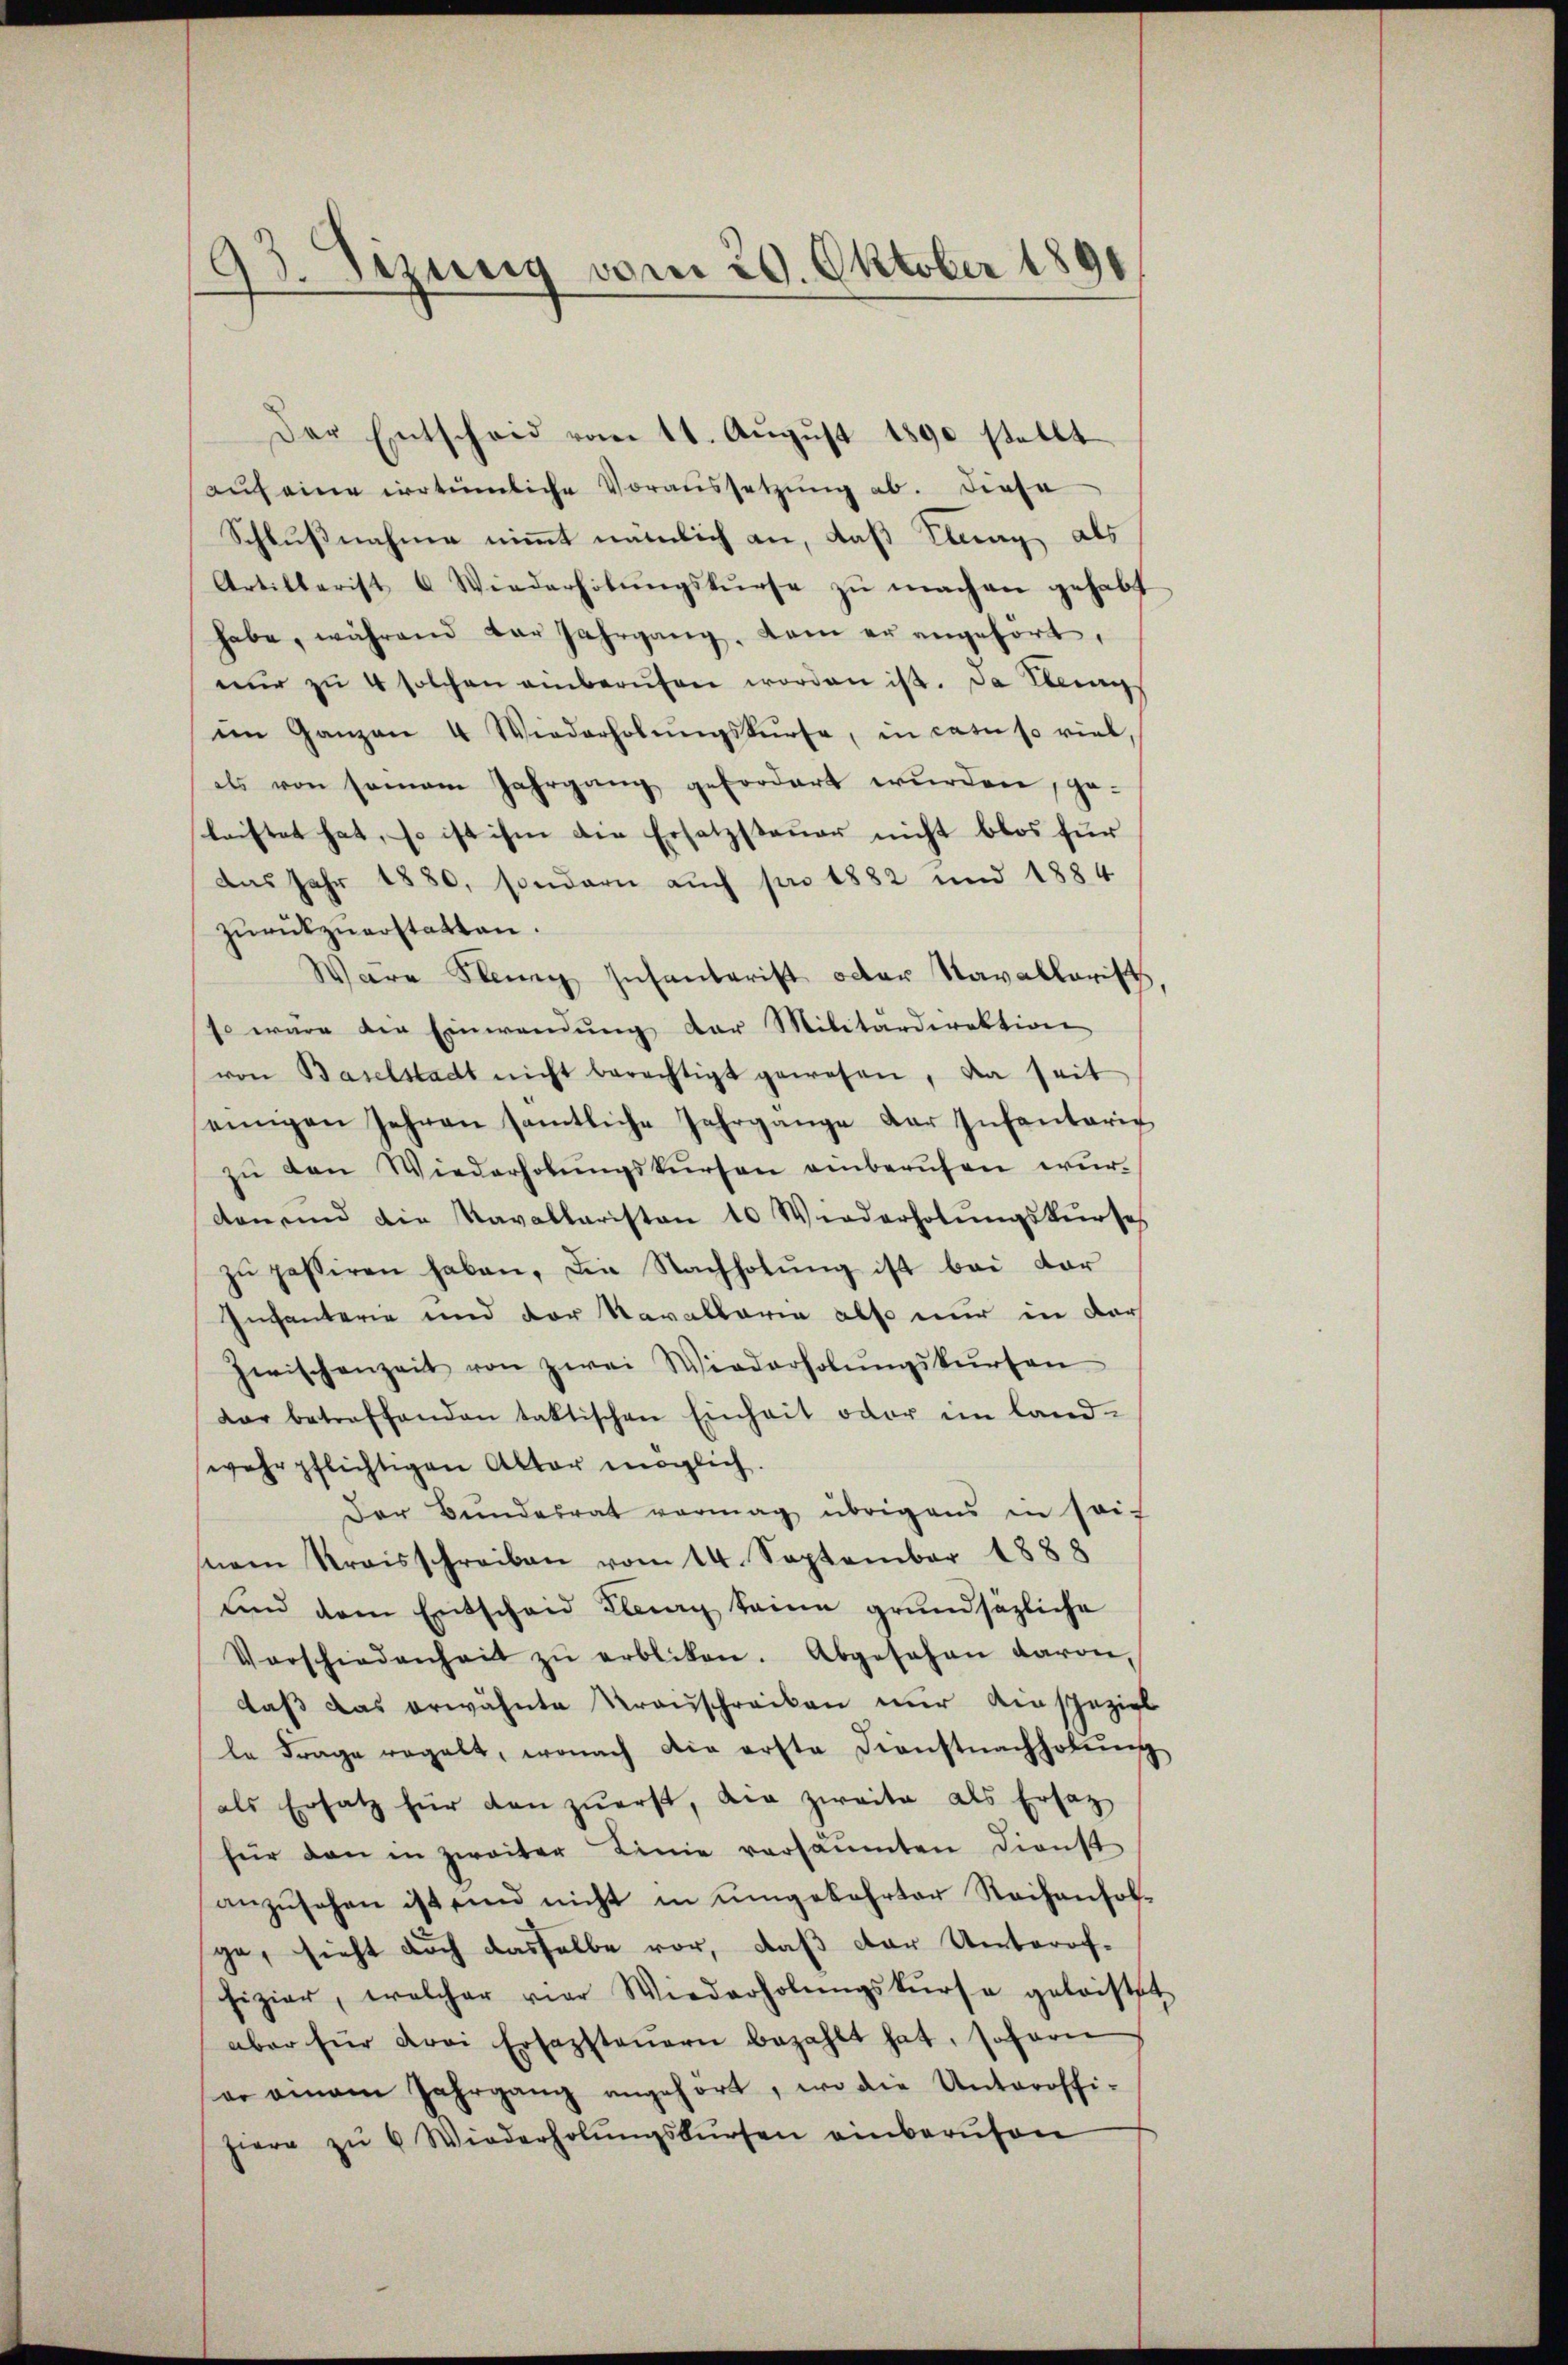
93. Sizung vom 29. Oktober 1891

aŭf eine irrtümliche Voraussetzung ab. Diese
Schlußnahme nimmt nämlich an, daß Klung als
Artillerist 6 Wiederholŭngskurse zŭ machen gehabt
habe, während dar Jahrgang, kam er angehört,
nŭr zŭ 4 solchen anberŭfen worden ist. Da Kling
im Ganzen 4 Wiederholŭngskurse, in catuso viel,
els von seien Jahrgang gefordert wurden, ge-
leistet hat, so ist ihm die Ersatzsteuer nicht blos für
das Jahr 1880, sondern auch pro 1882 und 1884
zŭrückzuerstatten.
Wäre Klein Infantarist oder Navallarist
so wäre die Einwendŭng der Militärdirektion
von Baselstadt nicht berechtigt gewesen, da seit
einigen Jahren sämtliche Jahrgange der Infantarie
zŭ den Wiederholŭngskursen anberŭfen wür-
don und die Kavallaristen 10 Wiederholungskurse
zŭ passiren haben. Die Nachholŭng ist bei dar
Incanterie und der Kavallaria also nur in der
Zwischenzeit von zwei Wiederholŭngskursen
dar betreffenden taktischen Einheit oder im land-
wehrpflichtigen Alter möglich.
Der Bundesrat vermag übrigens in seif
nem Kreisschreiben vom 14. September 1888
und dem Entscheid Zug keine grundsätzliche
Verschiedenheit zŭ erbliben. Abgesehen davon,
daß das erwähnte Krauschrecken nur einspeziel
le Frage regalt, wonach die erste Dienstnachholung
als Ersatz für dan zuerst, die zweite als Ersatz
für den in zweiter Linie versäumten Dienst
anzŭsehen ist und nicht in umgekehrter Reihenfol-
ge, sieht doch dasselbe vor, daß der Unterof-
fizier, welcher vier Wiederholŭngskurse geleistet
aber für drei Erfassteŭern bezahlt hat, sofern
er einem Jahrgang angehört, wo die Unteroffi-
hiere zŭ 6 Wiederholŭngskursen einberŭfon

Der Entscheid vom 11. Aŭgŭst 1890 stellt